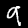
Label: 9